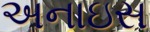
અનાઇસ